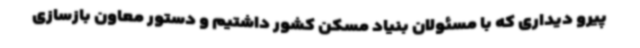
پیرو دیداری که با مسئولان بنیاد مسکن کشور داشتیم و دستور معاون بازسازی